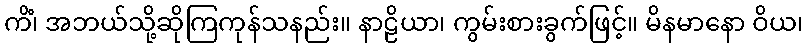
ကိံ၊ အဘယ်သို့ဆိုကြကုန်သနည်း။ နာဠိယာ၊ ကွမ်းစားခွက်ဖြင့်။ မိနမာနော ဝိယ၊